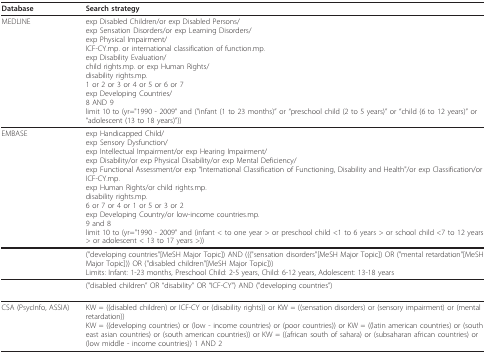
<table><thead><tr><td><b>Database</b></td><td><b>Search strategy</b></td></tr></thead><tbody><tr><td>MEDLINE</td><td>exp Disabled Children/or exp Disabled Persons/exp Sensation Disorders/or exp Learning Disorders/exp Physical Impairment/ICF-CY.mp. or international classification of function.mp.exp Disability Evaluation/child rights.mp. or exp Human Rights/disability rights.mp.1 or 2 or 3 or 4 or 5 or 6 or 7exp Developing Countries/8 AND 9limit 10 to (yr="1990 - 2009" and ("infant (1 to 23 months)" or "preschool child (2 to 5 years)" or "child (6 to 12 years)" or "adolescent (13 to 18 years)"))</td></tr><tr><td>EMBASE</td><td>exp Handicapped Child/exp Sensory Dysfunction/exp Intellectual Impairment/or exp Hearing Impairment/exp Disability/or exp Physical Disability/or exp Mental Deficiency/exp Functional Assessment/or exp "International Classification of Functioning, Disability and Health"/or exp Classification/or ICF-CY.mp.exp Human Rights/or child rights.mp.disability rights.mp.6 or 7 or 4 or 1 or 5 or 3 or 2exp Developing Country/or low-income countries.mp.9 and 8limit 10 to (yr="1990 - 2009" and (infant &lt; to one year &gt; or preschool child &lt;1 to 6 years &gt; or school child &lt;7 to 12 years &gt; or adolescent &lt; 13 to 17 years &gt;))</td></tr><tr><td>[EMPTY_CELL]</td><td>("developing countries"[MeSH Major Topic]) AND ((("sensation disorders"[MeSH Major Topic]) OR ("mental retardation"[MeSH Major Topic])) OR ("disabled children"[MeSH Major Topic]))Limits: Infant: 1-23 months, Preschool Child: 2-5 years, Child: 6-12 years, Adolescent: 13-18 years</td></tr><tr><td>[EMPTY_CELL]</td><td>("disabled children" OR "disability" OR "ICF-CY") AND ("developing countries")</td></tr><tr><td>CSA (PsycInfo, ASSIA)</td><td>KW = ((disabled children) or ICF-CY or (disability rights)) or KW = ((sensation disorders) or (sensory impairment) or (mental retardation))KW = ((developing countries) or (low - income countries) or (poor countries)) or KW = ((latin american countries) or (south east asian countries) or (south american countries)) or KW = ((african south of sahara) or (subsaharan african countries) or (low middle - income countries)) 1 AND 2</td></tr></tbody></table>